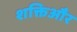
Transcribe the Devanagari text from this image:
शक्तिऔर